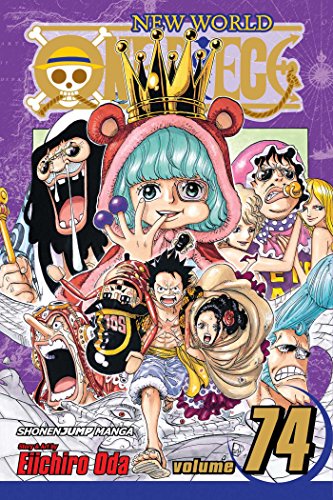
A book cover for One Piece, Vol. 74; Eiichiro Oda; Comics & Graphic Novels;